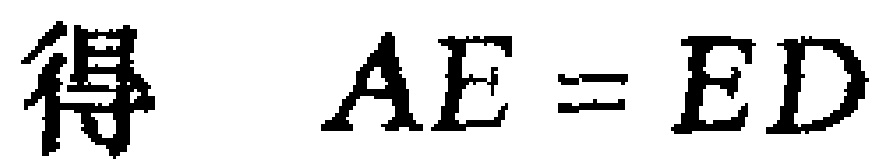
得 \(AE = ED\)